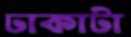
ঢাকাটা